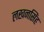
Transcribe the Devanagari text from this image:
लखनसिंह